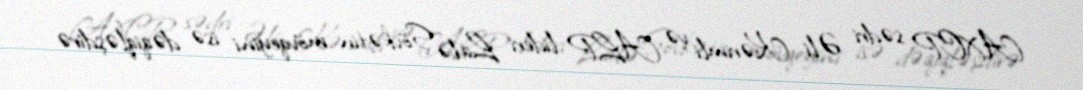
AXCP sədri Əli Kərimli və ALP lideri Lalə Şövkətin mövqeyini isə dəqiqləşdirə